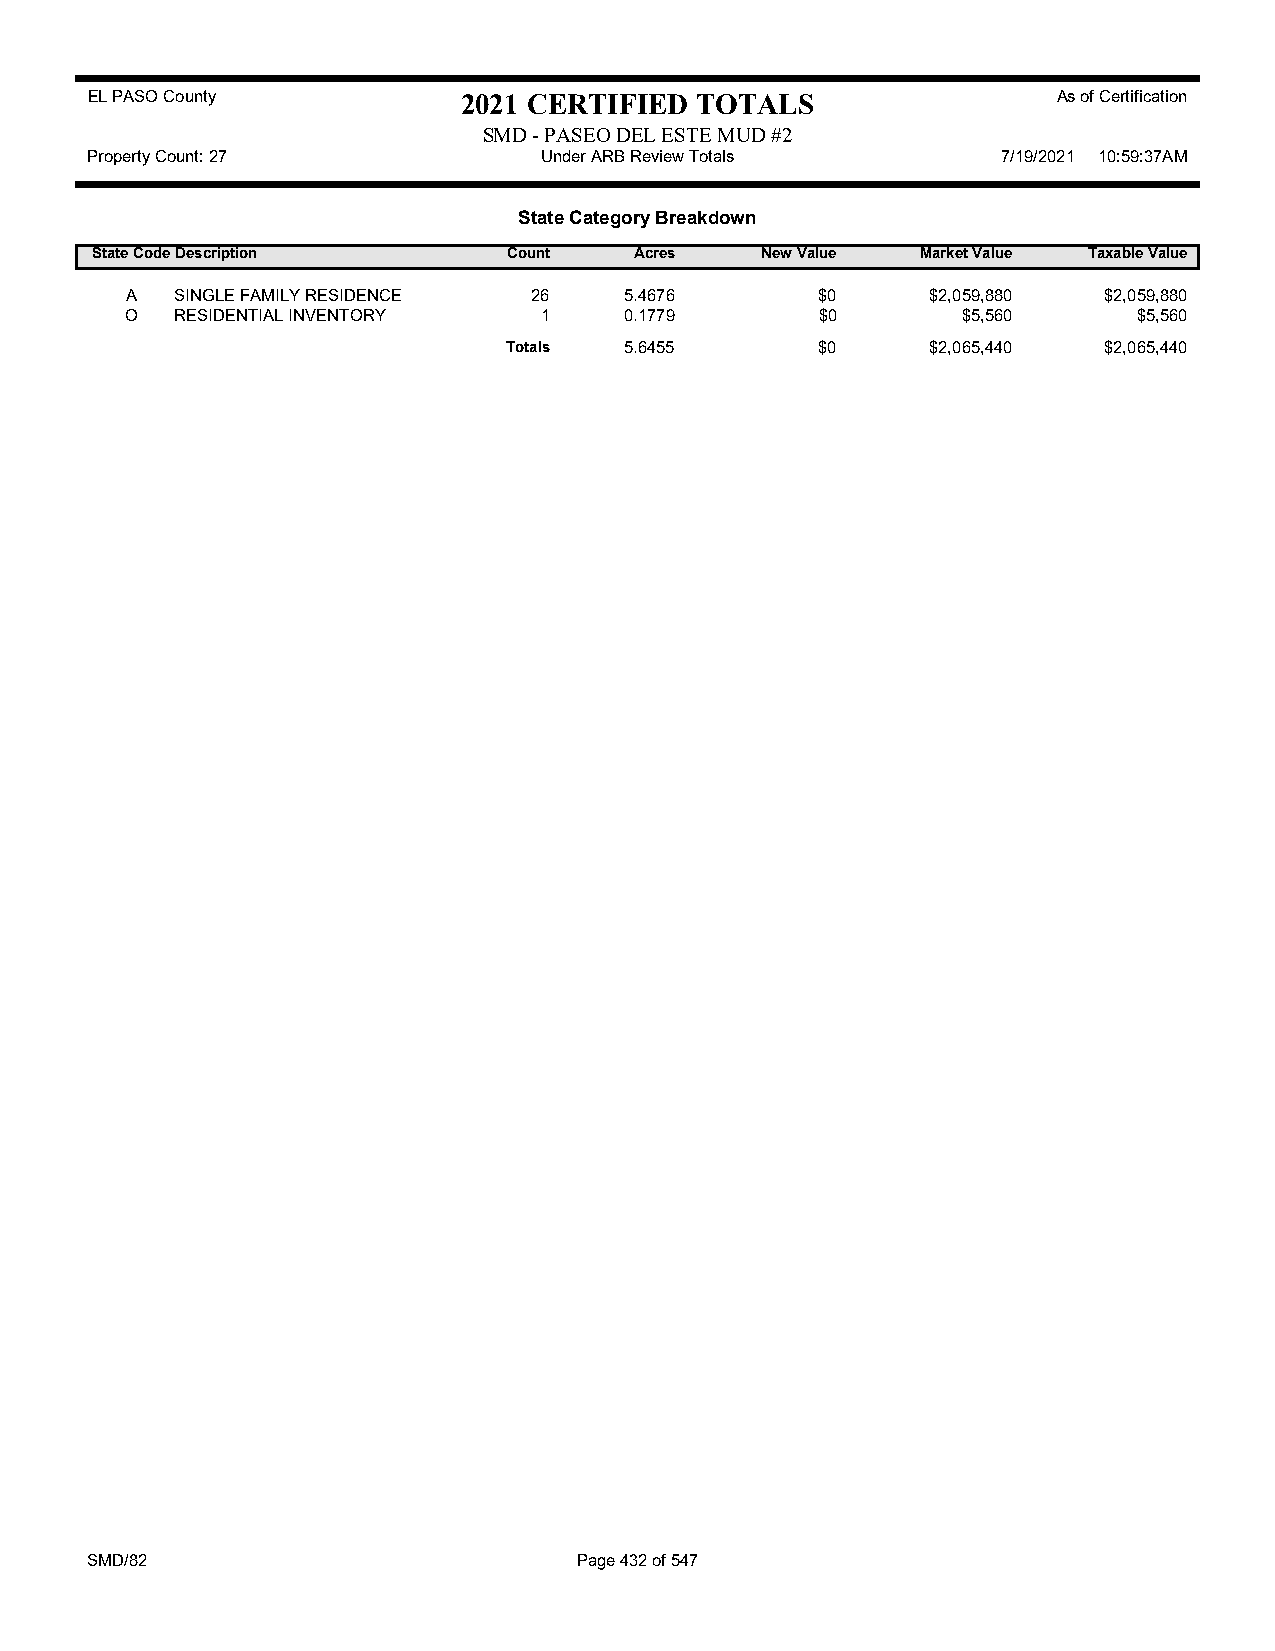
EL PASO County           2021 CERTIFIED TOTALS                  As of Certification
 SMD - PASEO DEL ESTE MUD #2
 Property Count: 27            Under ARB Review Totals       7/19/2021 10:59:37AM
 State Category Breakdown
 State CodeDescription       Count   Acres   New Value  Market Value Taxable Value
 A   SINGLE FAMILY RESIDENCE 26   5.4676       $0      $2,059,880 $2,059,880
 O   RESIDENTIAL INVENTORY   1    0.1779       $0        $5,560     $5,560
 Totals 5.6455       $0      $2,065,440 $2,065,440
 SMD/82                          Page 432 of 547